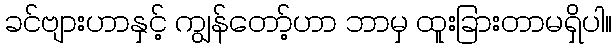
ခင်ဗျားဟာနှင့် ကျွန်တော့်ဟာ ဘာမှ ထူးခြားတာမရှိပါ။